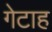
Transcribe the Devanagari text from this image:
गेटाह